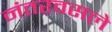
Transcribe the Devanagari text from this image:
नंतरवसले